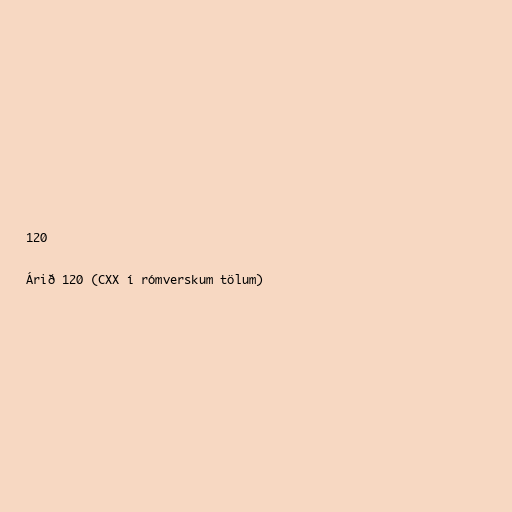
120

Árið 120 (CXX í rómverskum tölum)